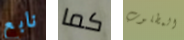
نابع كما المطلوب